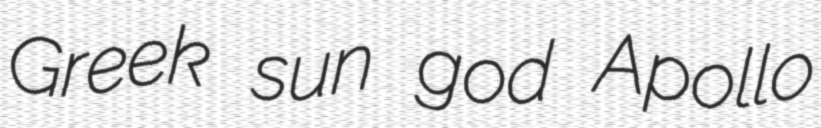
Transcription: Greek sun god Apollo